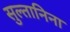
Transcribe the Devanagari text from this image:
सुल्तानिना